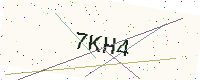
Text: 7KH4